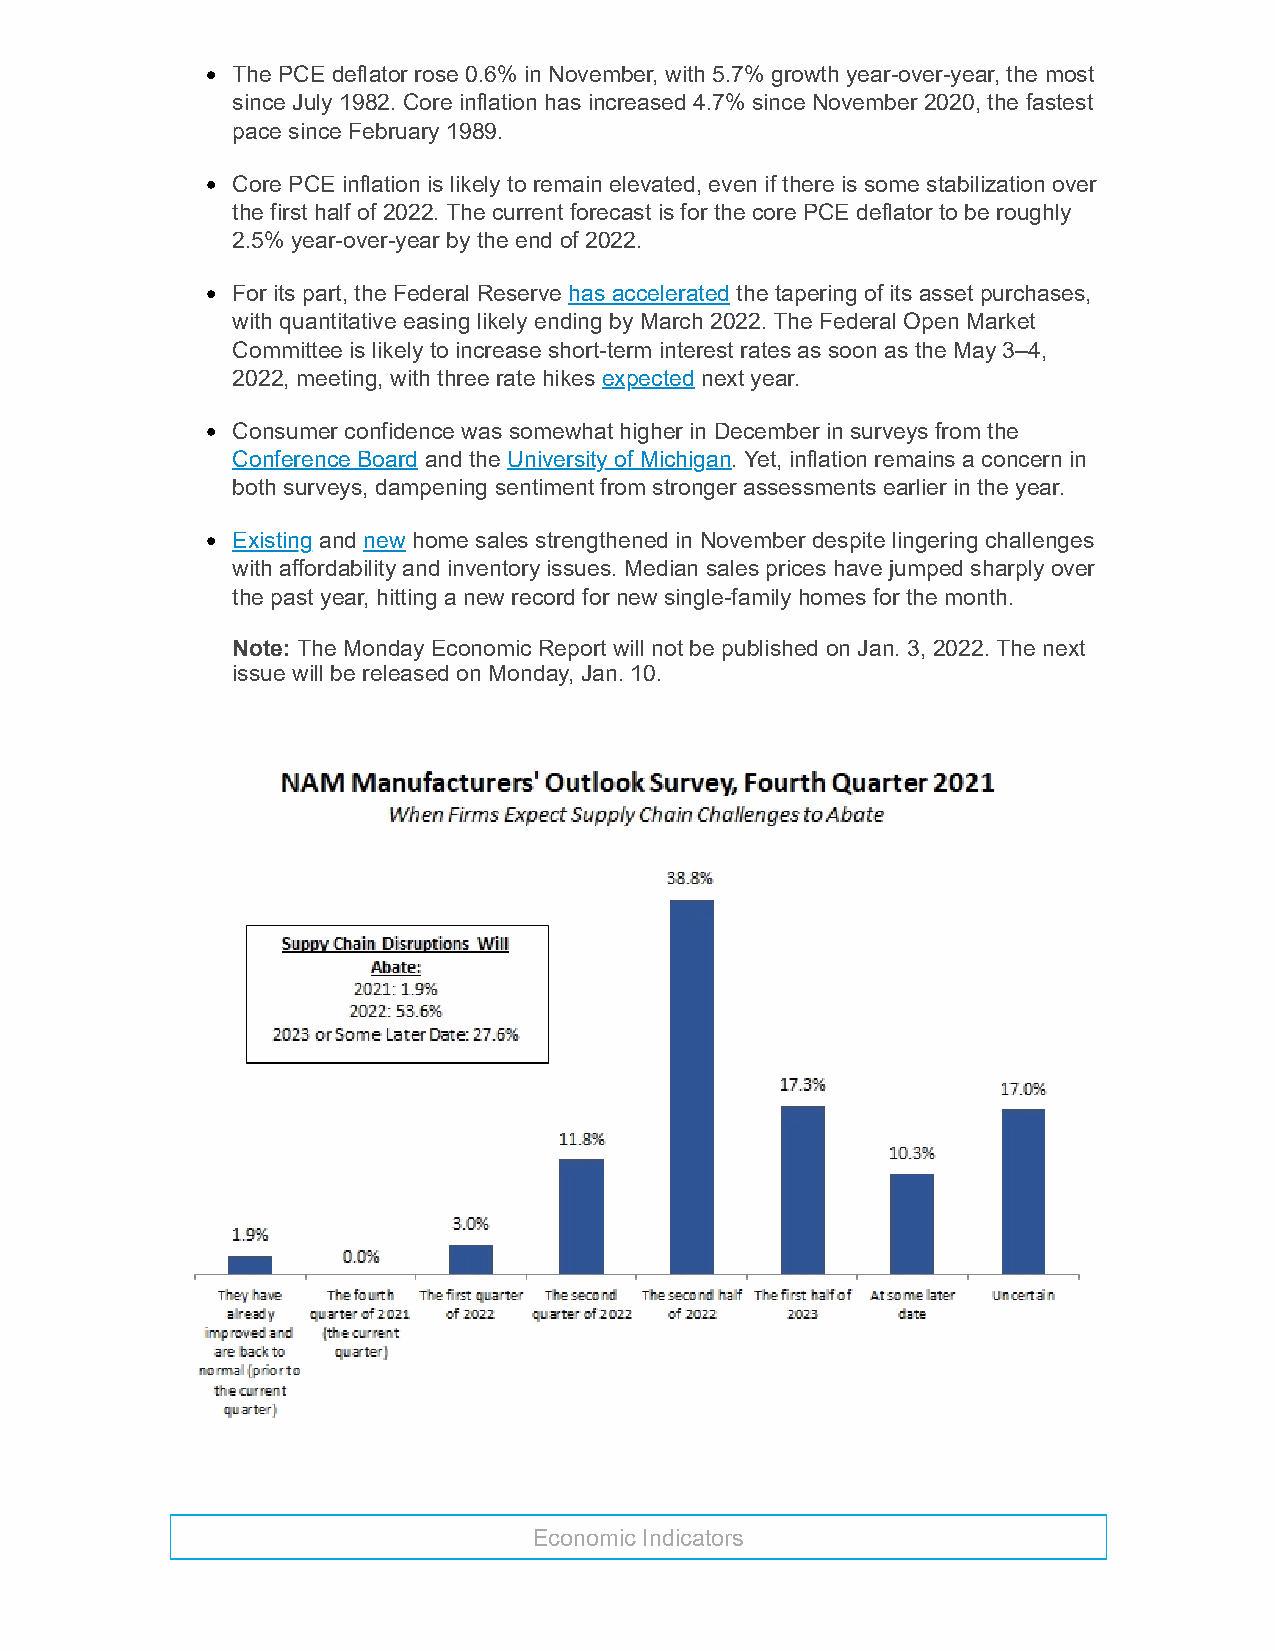
The PCE deflator rose 0.6% in November, with 5.7% growth year-over-year, the most
 since July 1982. Core inflation has increased 4.7% since November 2020, the fastest
 pace since February 1989.
 Core PCE inflation is likely to remain elevated, even if there is some stabilization over
 the first half of 2022. The current forecast is for the core PCE deflator to be roughly
 2.5% year-over-year by the end of 2022.
 For its part, the Federal Reserve has accelerated the tapering of its asset purchases,
 with quantitative easing likely ending by March 2022. The Federal Open Market
 Committee is likely to increase short-term interest rates as soon as the May 3–4,
 2022, meeting, with three rate hikes expected next year.
 Consumer confidence was somewhat higher in December in surveys from the
 Conference Board and the University of Michigan. Yet, inflation remains a concern in
 both surveys, dampening sentiment from stronger assessments earlier in the year.
 Existing and new home sales strengthened in November despite lingering challenges
 with affordability and inventory issues. Median sales prices have jumped sharply over
 the past year, hitting a new record for new single-family homes for the month.
 Note: The Monday Economic Report will not be published on Jan. 3, 2022. The next
 issue will be released on Monday, Jan. 10.
 Economic Indicators